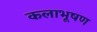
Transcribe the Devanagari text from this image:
कलाभूषण